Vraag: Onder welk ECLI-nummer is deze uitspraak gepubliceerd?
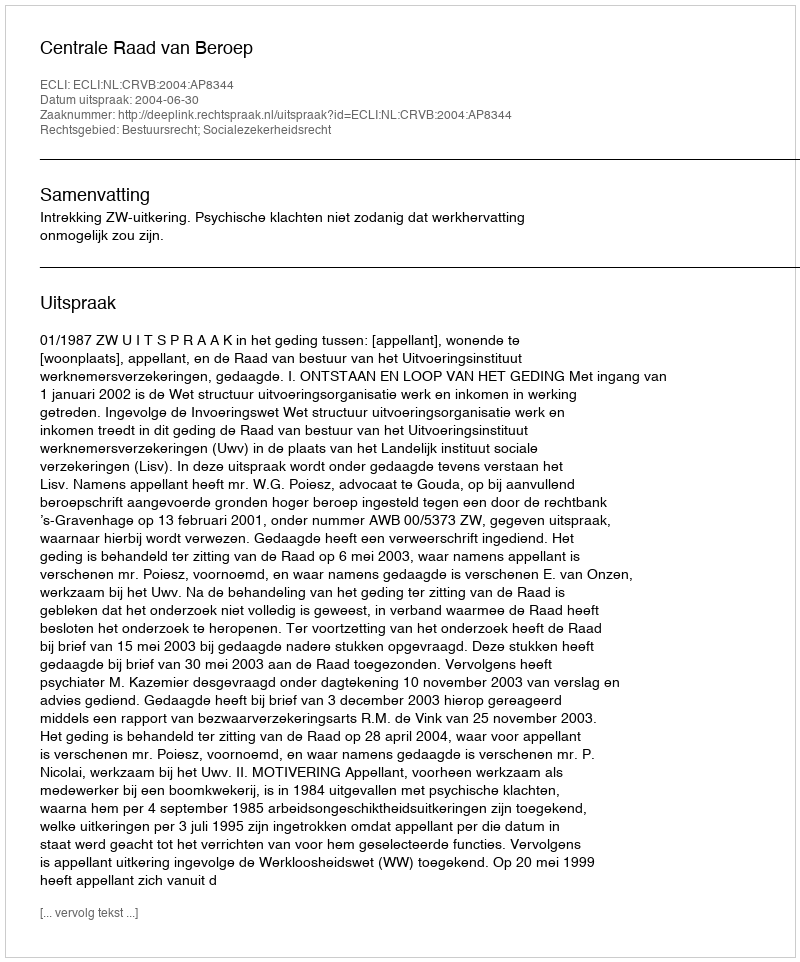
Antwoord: ECLI:NL:CRVB:2004:AP8344